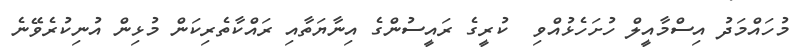
މުހައްމަދު އިސްމާއީލް ހުށަހެޅުއްވި  ކުރީގެ ރައީސުންގެ އިނާޔަތާއި ރައްކާތެރިކަން މުޅިން އުނިކުރެވޭނެ